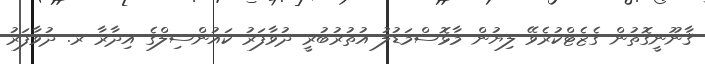
ޤާނޫނީގޮތުން ގެޒެޓްކުރެވޭ ލިޔުން މާޅޮސްމަޑުލު އުތުރުބުރީ ދުވާފަރު ކައުންސިލްގެ އިދާރާ ރ. ދުވާފަރު